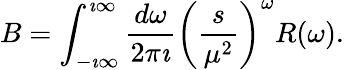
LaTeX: B=\int_{-\imath\infty}^{\imath\infty}\frac{d\omega}{2\pi\imath}\left(\frac{s}{\mu^{2}}\right)^{\omega}R(\omega).